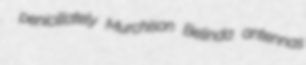
penicillately Murchison Belinda antennas